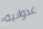
عدوانية